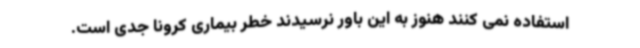
استفاده نمی کنند هنوز به این باور نرسیدند خطر بیماری کرونا جدی است.